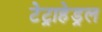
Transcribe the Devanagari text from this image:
टेट्राहेड्रल